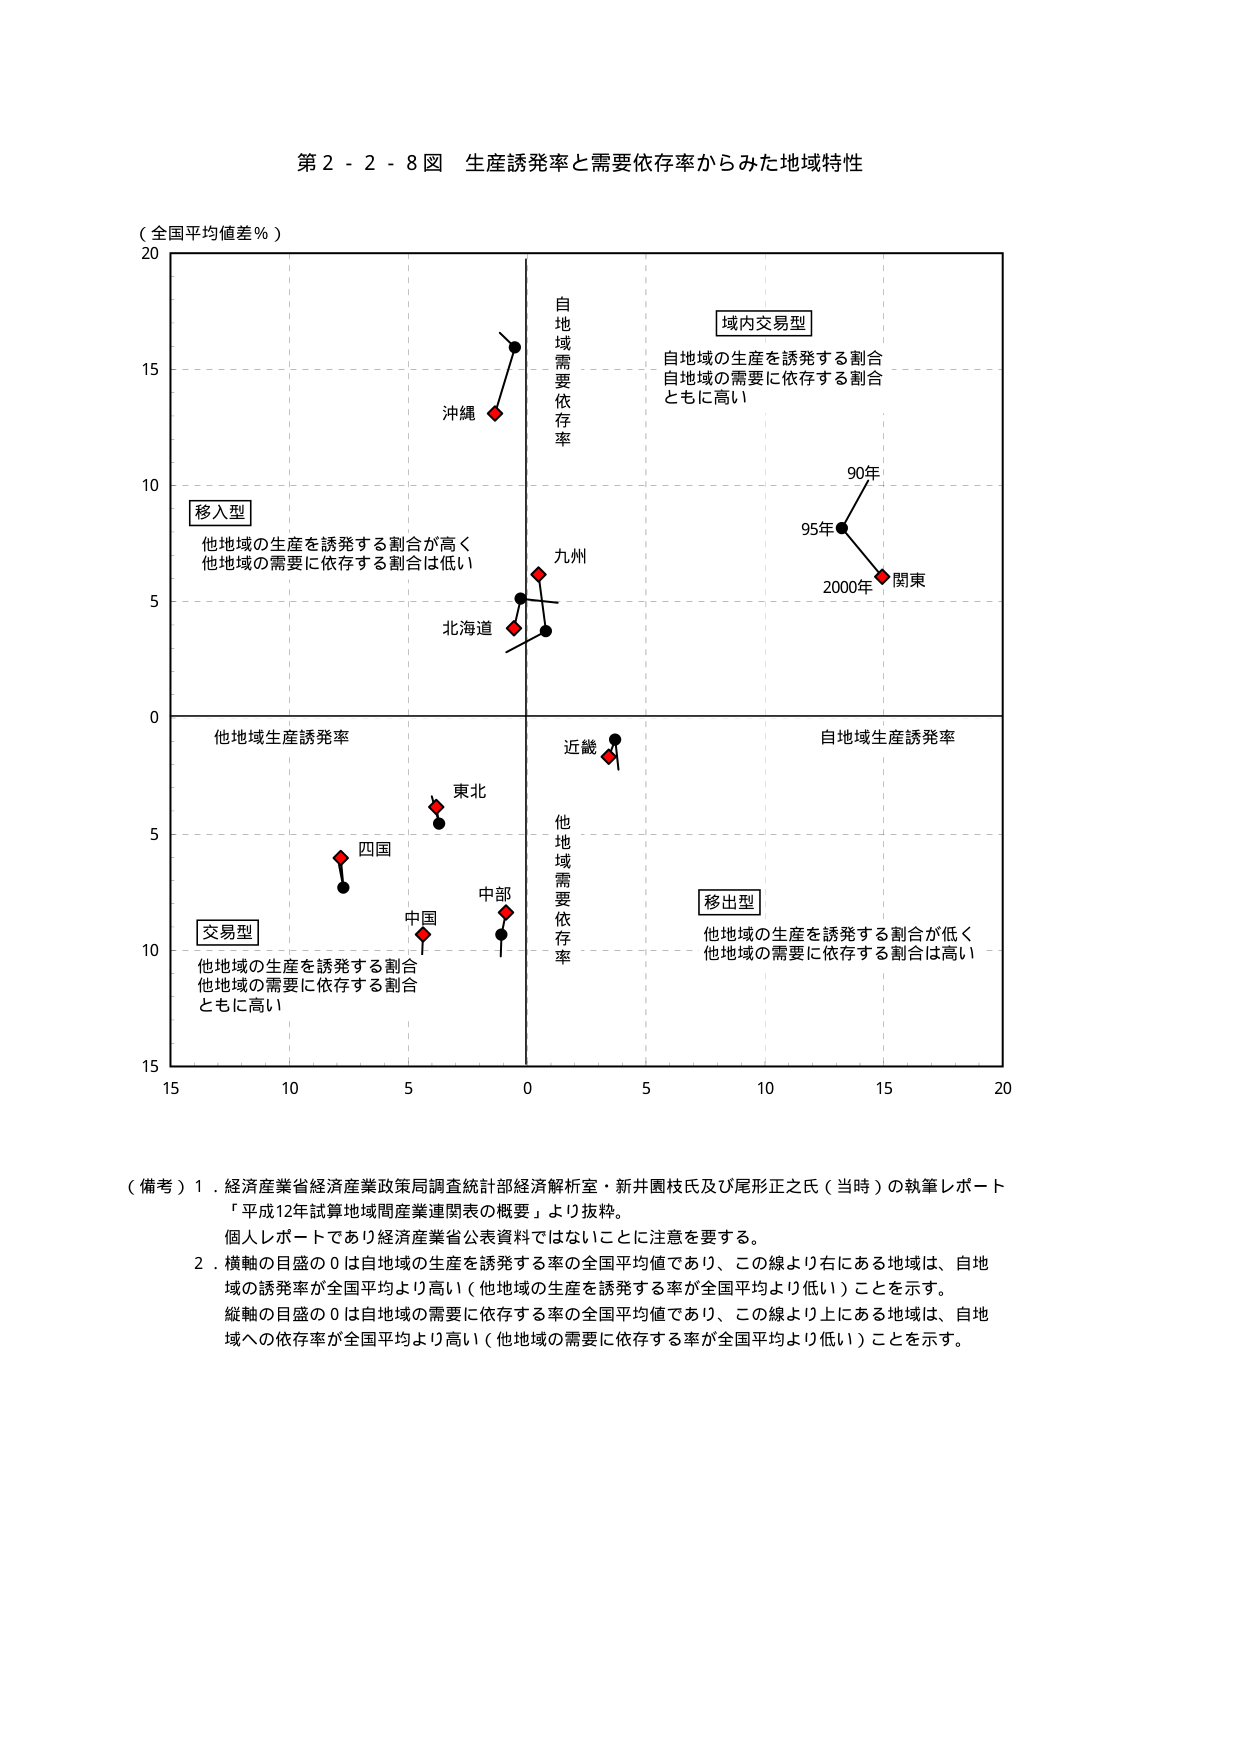
第２－２－８図 生産誘発率と需要依存率からみた地域特性

（全国平均値差％）

20
15
10
5
0
-5
-10
-15

自地域需要依存率
他地域需要依存率

他地域生産誘発率
自地域生産誘発率

移入型
他地域の生産を誘発する割合が高く
他地域の需要に依存する割合は低い

域内交易型
自地域の生産を誘発する割合
自地域の需要に依存する割合
ともに高い

移出型
他地域の生産を誘発する割合が低く
他地域の需要に依存する割合が高い

交易型
他地域の生産を誘発する割合
他地域の需要に依存する割合
ともに高い

沖縄
九州
北海道
東北
四国
中国
中部
近畿
関東

90年
95年
2000年

15 10 5 0 5 10 15 20

（備考）1．経済産業省経済産業政策局調査統計部経済解析室・新井園枝氏及び尾形正之氏（当時）の執筆レポート
「平成12年試算地域間産業連関表の概要」より抜粋。
個人レポートであり経済産業省公表資料ではないことに注意を要する。
2．横軸の目盛の0は自地域の生産を誘発する率の全国平均値であり、この線より右にある地域は、自地域の誘発率が全国平均より高い（他地域の生産を誘発する率が全国平均より低い）ことを示す。
縦軸の目盛の0は自地域の需要に依存する率の全国平均値であり、この線より上にある地域は、自地域への依存率が全国平均より高い（他地域の需要に依存する率が全国平均より低い）ことを示す。